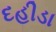
દહીડા